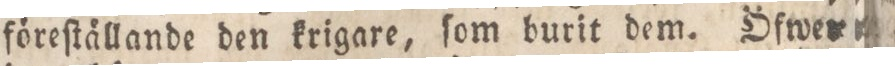
föreſtällande den krigare, ſom burit dem. Öfwer